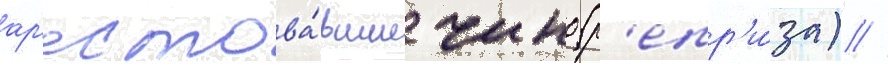
ар'естова́вшие чино (р'епр'и́за) //